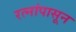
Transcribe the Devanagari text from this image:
रत्‍नांपासून